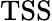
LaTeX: \mathrm{TSS}